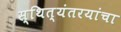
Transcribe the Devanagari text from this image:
स्थित्यंतरयांचा